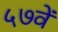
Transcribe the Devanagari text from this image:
५७वें